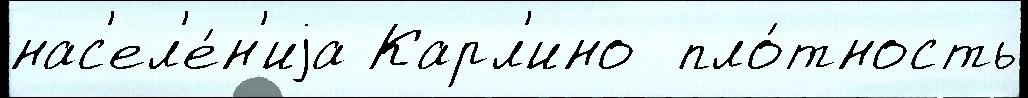
нас'ел'е́н'иjа Карл'ино  пло́тность